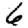
Digit: 6